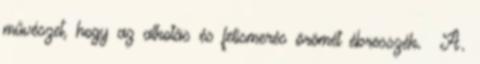
művészet, hogy az alkotás és felismerés örömét ébresszék. A.